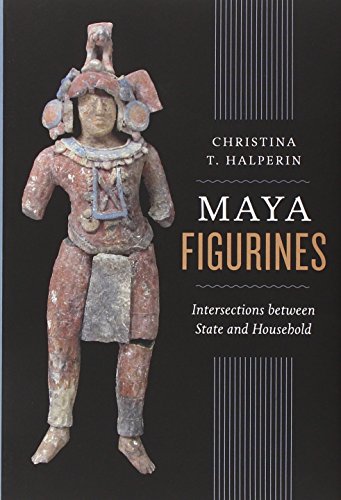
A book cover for Maya Figurines: Intersections between State and Household (Latin American and Caribbean Arts and Culture); Christina T. Halperin; History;